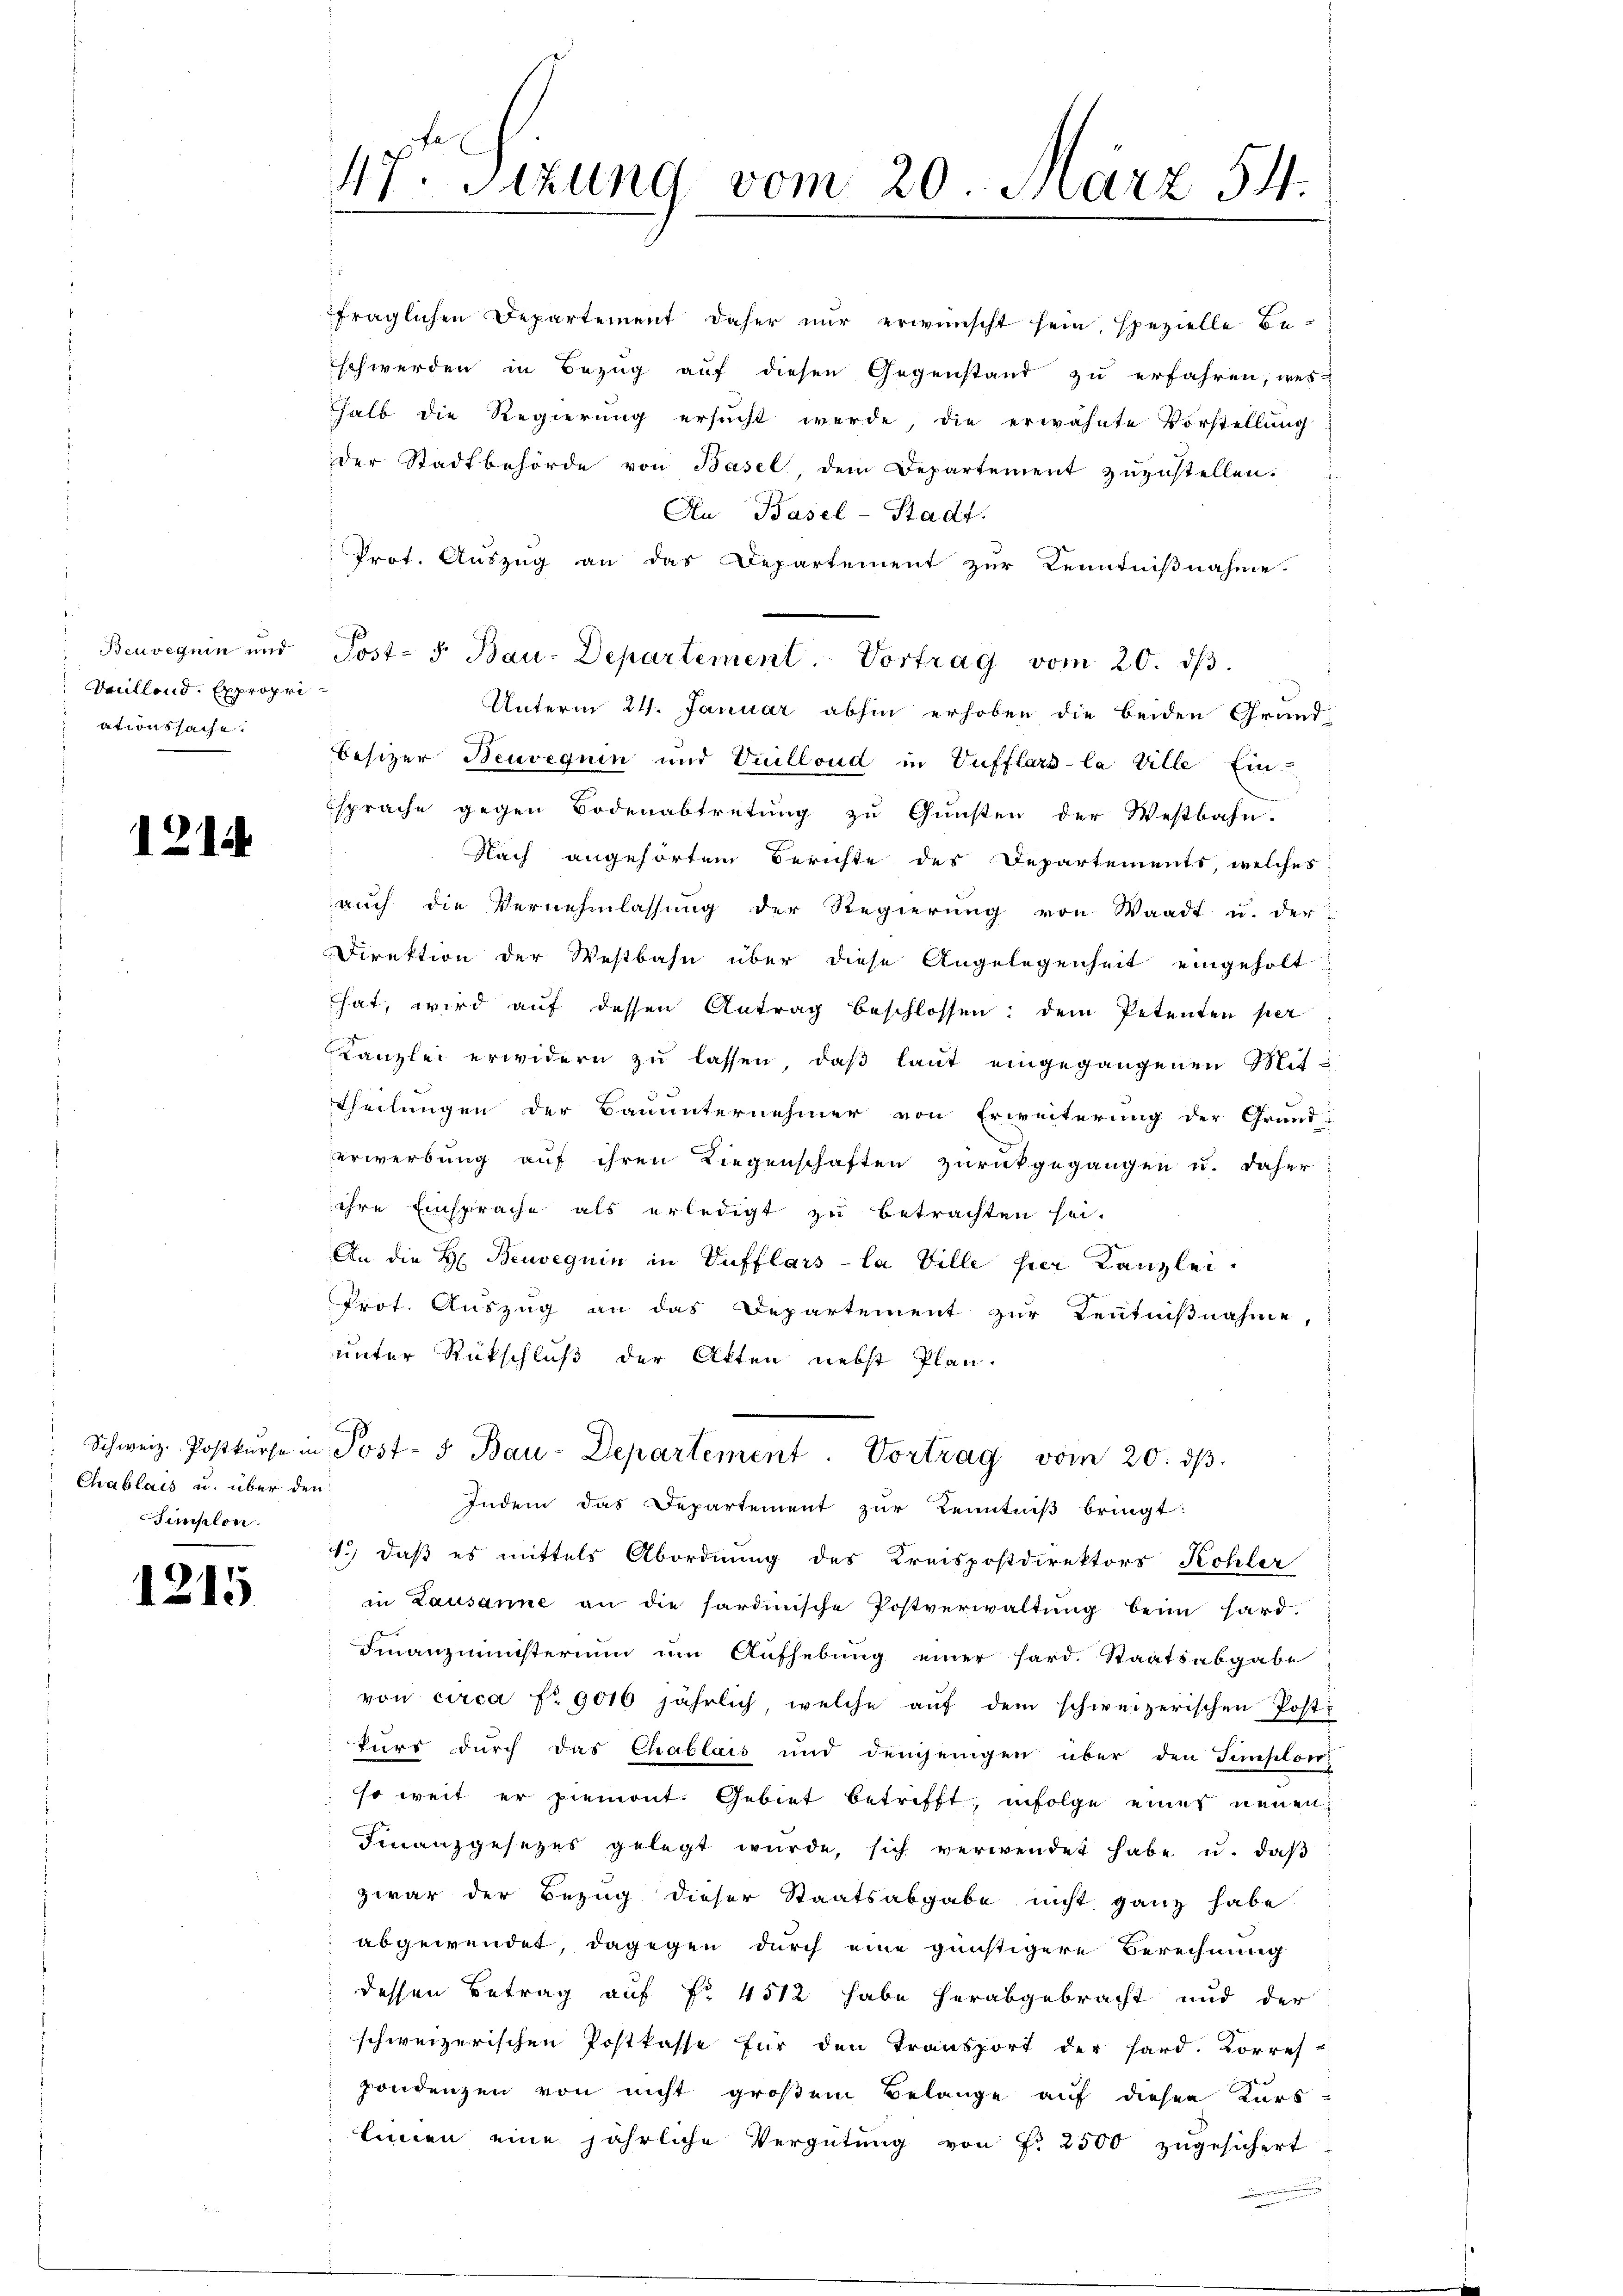
Beuveguin und
Anillend. Expropriationssache.

1214

Chablais u. über den
Fanslon.

1215

47. Sizung vom 20. März 54.

fraglichen Departement daher nur erwünscht sein, spezielle Beschwerden in Bezug auf diesen Gegenstand zu erfahren, wes-
halb die Regierung ersucht werde, die erwähnte Vorstellung
der Stadtbehörde von Basel, dem Departement zuzustellen.
An Basel-Stadt.
Prot. Auszug an das Departement zur Kenntnißnahme.
Unterm 24. Januar abhin erhoben die beiden Grund-
Besizer Neuveguin und Vuilloud in Vufflars-la Ville Ein-
sprache gegen Bodenabtretung zu Gunsten der Westbahn.
Nach angehörten Berichte des Departements, welches
auch die Vernehmlassung der Regierung von Waadt u. der
Direktion der Westbahn über diese Angelegenheit eingeholt
hat, wird aŭf dessen Antrag beschlossen: dem Petenten per
Kanzlei erwidern zu lassen, daß laut eingegangenen Mit¬
Theilungen der Bauunternehmer von Erweiterung der Grund-
erwerbung auf ihren Liegenschaften zurückgegangen u. daher:
ihre Einsprache als erledigt zu betrachten sei.
An die H. Beuveguin in Vufflars-la Ville her Kanzlei.
Prot. Auszug an das Departement zur Kenntnißnahme,
unter Rückschluß der Akten nebst Plan¬
Schweiz. Postkurse in Post- u Bau-Departement. Vortrag vom 20. dβ.
Indem das Departement zur Kenntniß bringt:
1.) daß es mittels Abordnung des Kreispostdirektors Kohler
in Lausanne an die sardinische Postverwaltung beim Hard-
Finanzministerium um Aufhebung einer hard. Staatsabgabe
von circa Fr. 9016 jährlich, welche auf dem schweizerischen Post-
kurs durch das Chablais und demjenigen über den Finslowi
so weit er piemont. Gebiet betrifft, infolge eines neuen¬
Finanzgesezes gelegt würde, sich verwendet habe u. daβ
zwar der Bezug dieser Staatsabgabe nicht ganz habe
abgewendet, dagegen durch eine günstigere Berechnung
dessen Betrag auf No 4512 habe herabgebracht und der
schweizerischen Postkasse für den Transport der Hard. Korres-
pondenzen von nicht großem Belange auf diesen Kurs
Einen eine jährliche Vergütung von f. 2500 zugesichert

Post- 5. Bau-Departement. Vortrag vom 20. dβ.